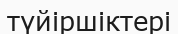
түйіршіктері